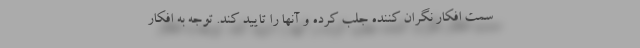
سمت افکار نگران کننده جلب کرده و آنها را تایید کند. توجه به افکار